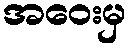
အဝေးမှ